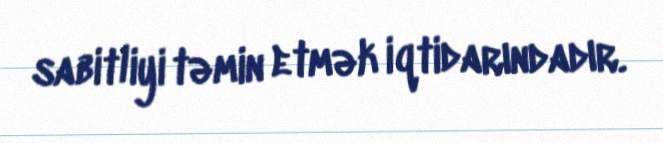
sabitliyi təmin etmək iqtidarındadır.